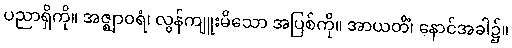
ပညာရှိကို။ အဇ္ဈာဝရံ၊ လွန်ကျူးမိသော အပြစ်ကို။ အာယတိံ၊ နောင်အခါ၌။